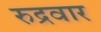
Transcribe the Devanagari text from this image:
रुद्रवार